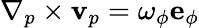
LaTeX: \nabla_{p}\times{\mathbf{v}}_{p}=\omega_{\phi}{\mathbf{e}}_{\phi}